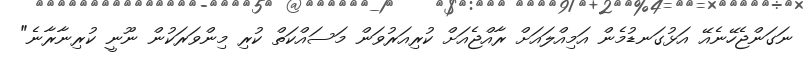
ނަގަންޖެހޭނެއޭ އަޅުގަނޑުމެން އަމިއްލައަށް ރާއްޖެއަށް ކުރިއަރުވަން މަސައްކަތް ކުރި މިންވަރަކުން ނޫނީ ކުރިނާރާނެ"